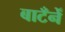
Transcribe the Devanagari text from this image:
बाटँनेँ